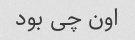
اون چی بود